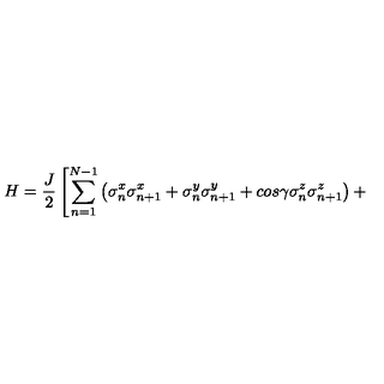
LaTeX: H = \frac { J } { 2 } \left[ \sum _ { n = 1 } ^ { N - 1 } \left( \sigma _ { n } ^ { x } \sigma _ { n + 1 } ^ { x } + \sigma _ { n } ^ { y } \sigma _ { n + 1 } ^ { y } + c o s \gamma \sigma _ { n } ^ { z } \sigma _ { n + 1 } ^ { z } \right) + \right.